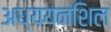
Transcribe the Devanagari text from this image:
अध्ययनशिल